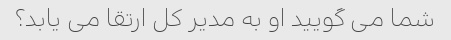
شما می گویید او به مدیر کل ارتقا می یابد؟